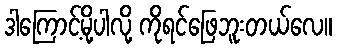
ဒါကြောင့်မို့ပါလို့ ကိုရင်ဖြေဘူးတယ်လေ။